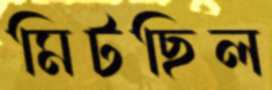
মিটছিল